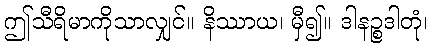
ဤသီရိမာကိုသာလျှင်။ နိဿာယ၊ မှီ၍။ ဒါနဉ္စဒါတုံ၊